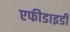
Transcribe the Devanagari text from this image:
एफीडाइडी